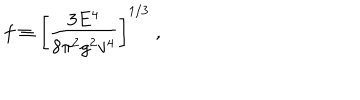
LaTeX: f \equiv \left[ \frac { 3 E ^ { 4 } } { 8 \pi ^ { 2 } g ^ { 2 } v ^ { 4 } } \right] ^ { 1 / 3 } \; ,